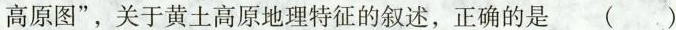
高原图”，关于黄土高原地理特征的叙述，正确的是()